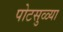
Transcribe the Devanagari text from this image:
पोटसुळ्या